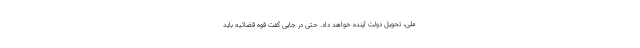
ملی، تحویل دولت آینده خواهد داد. حتی در جایی گفت قوه قضائیه باید